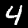
Digit: 4